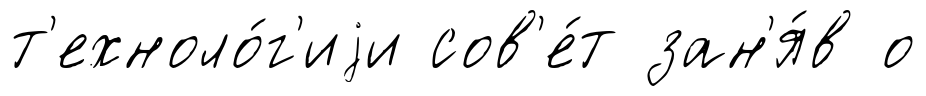
т'ехноло́г'иjи сов'е́т зан'я́в о